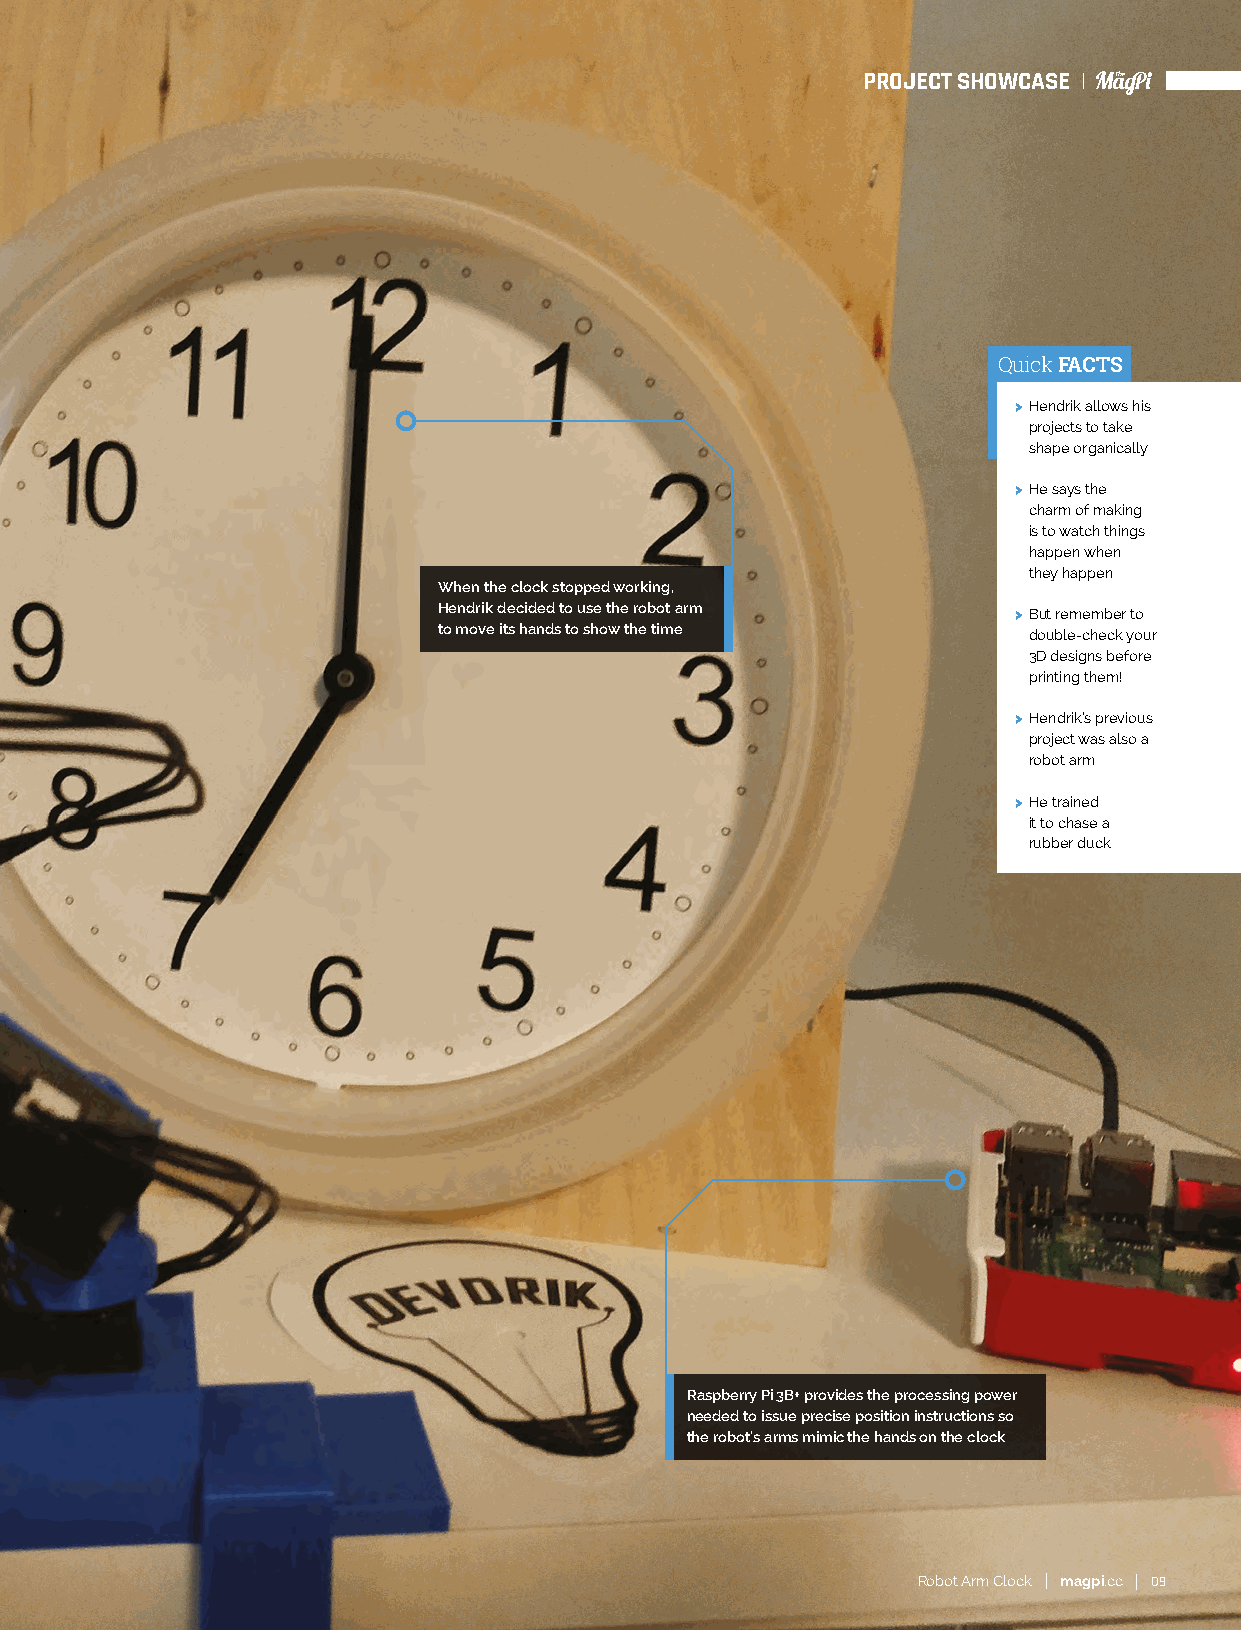
PROJECT SHOWCASE
 Quick FACTS
 > Hendrik allows his
 projects to take
 shape organically
 > He says the
 charm of making
 is to watch things
 happen when
 they happen
 When the clock stopped working,
 Hendrik decided to use the robot arm  > But remember to
 to move its hands to show the time     double-check your
 3D designs before
 printing them!
 > Hendrik’s previous
 project was also a
 robot arm
 > He trained
 it to chase a
 rubber duck
 Raspberry Pi 3B+ provides the processing power
 needed to issue precise position instructions so
 the robot’s arms mimic the hands on the clock
 Robot Arm Clock magpi.cc 09